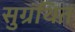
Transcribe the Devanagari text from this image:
सुग्रंथित